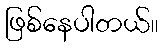
ဖြစ်နေပါတယ်။